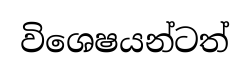
විශෙෂයන්ටත්